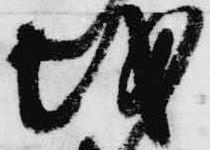
越